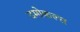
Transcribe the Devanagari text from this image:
दमोकल्स